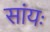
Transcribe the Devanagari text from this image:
सांयः